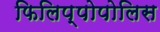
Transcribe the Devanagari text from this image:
फिलिप्पोपोलिस